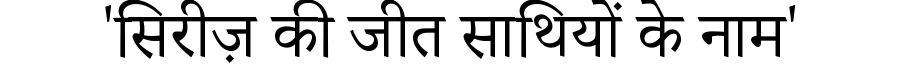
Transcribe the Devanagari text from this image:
'सिरीज़ की जीत साथियों के नाम'